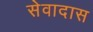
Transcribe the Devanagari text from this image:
सेवादास